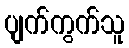
ပျက်ကွက်သူ